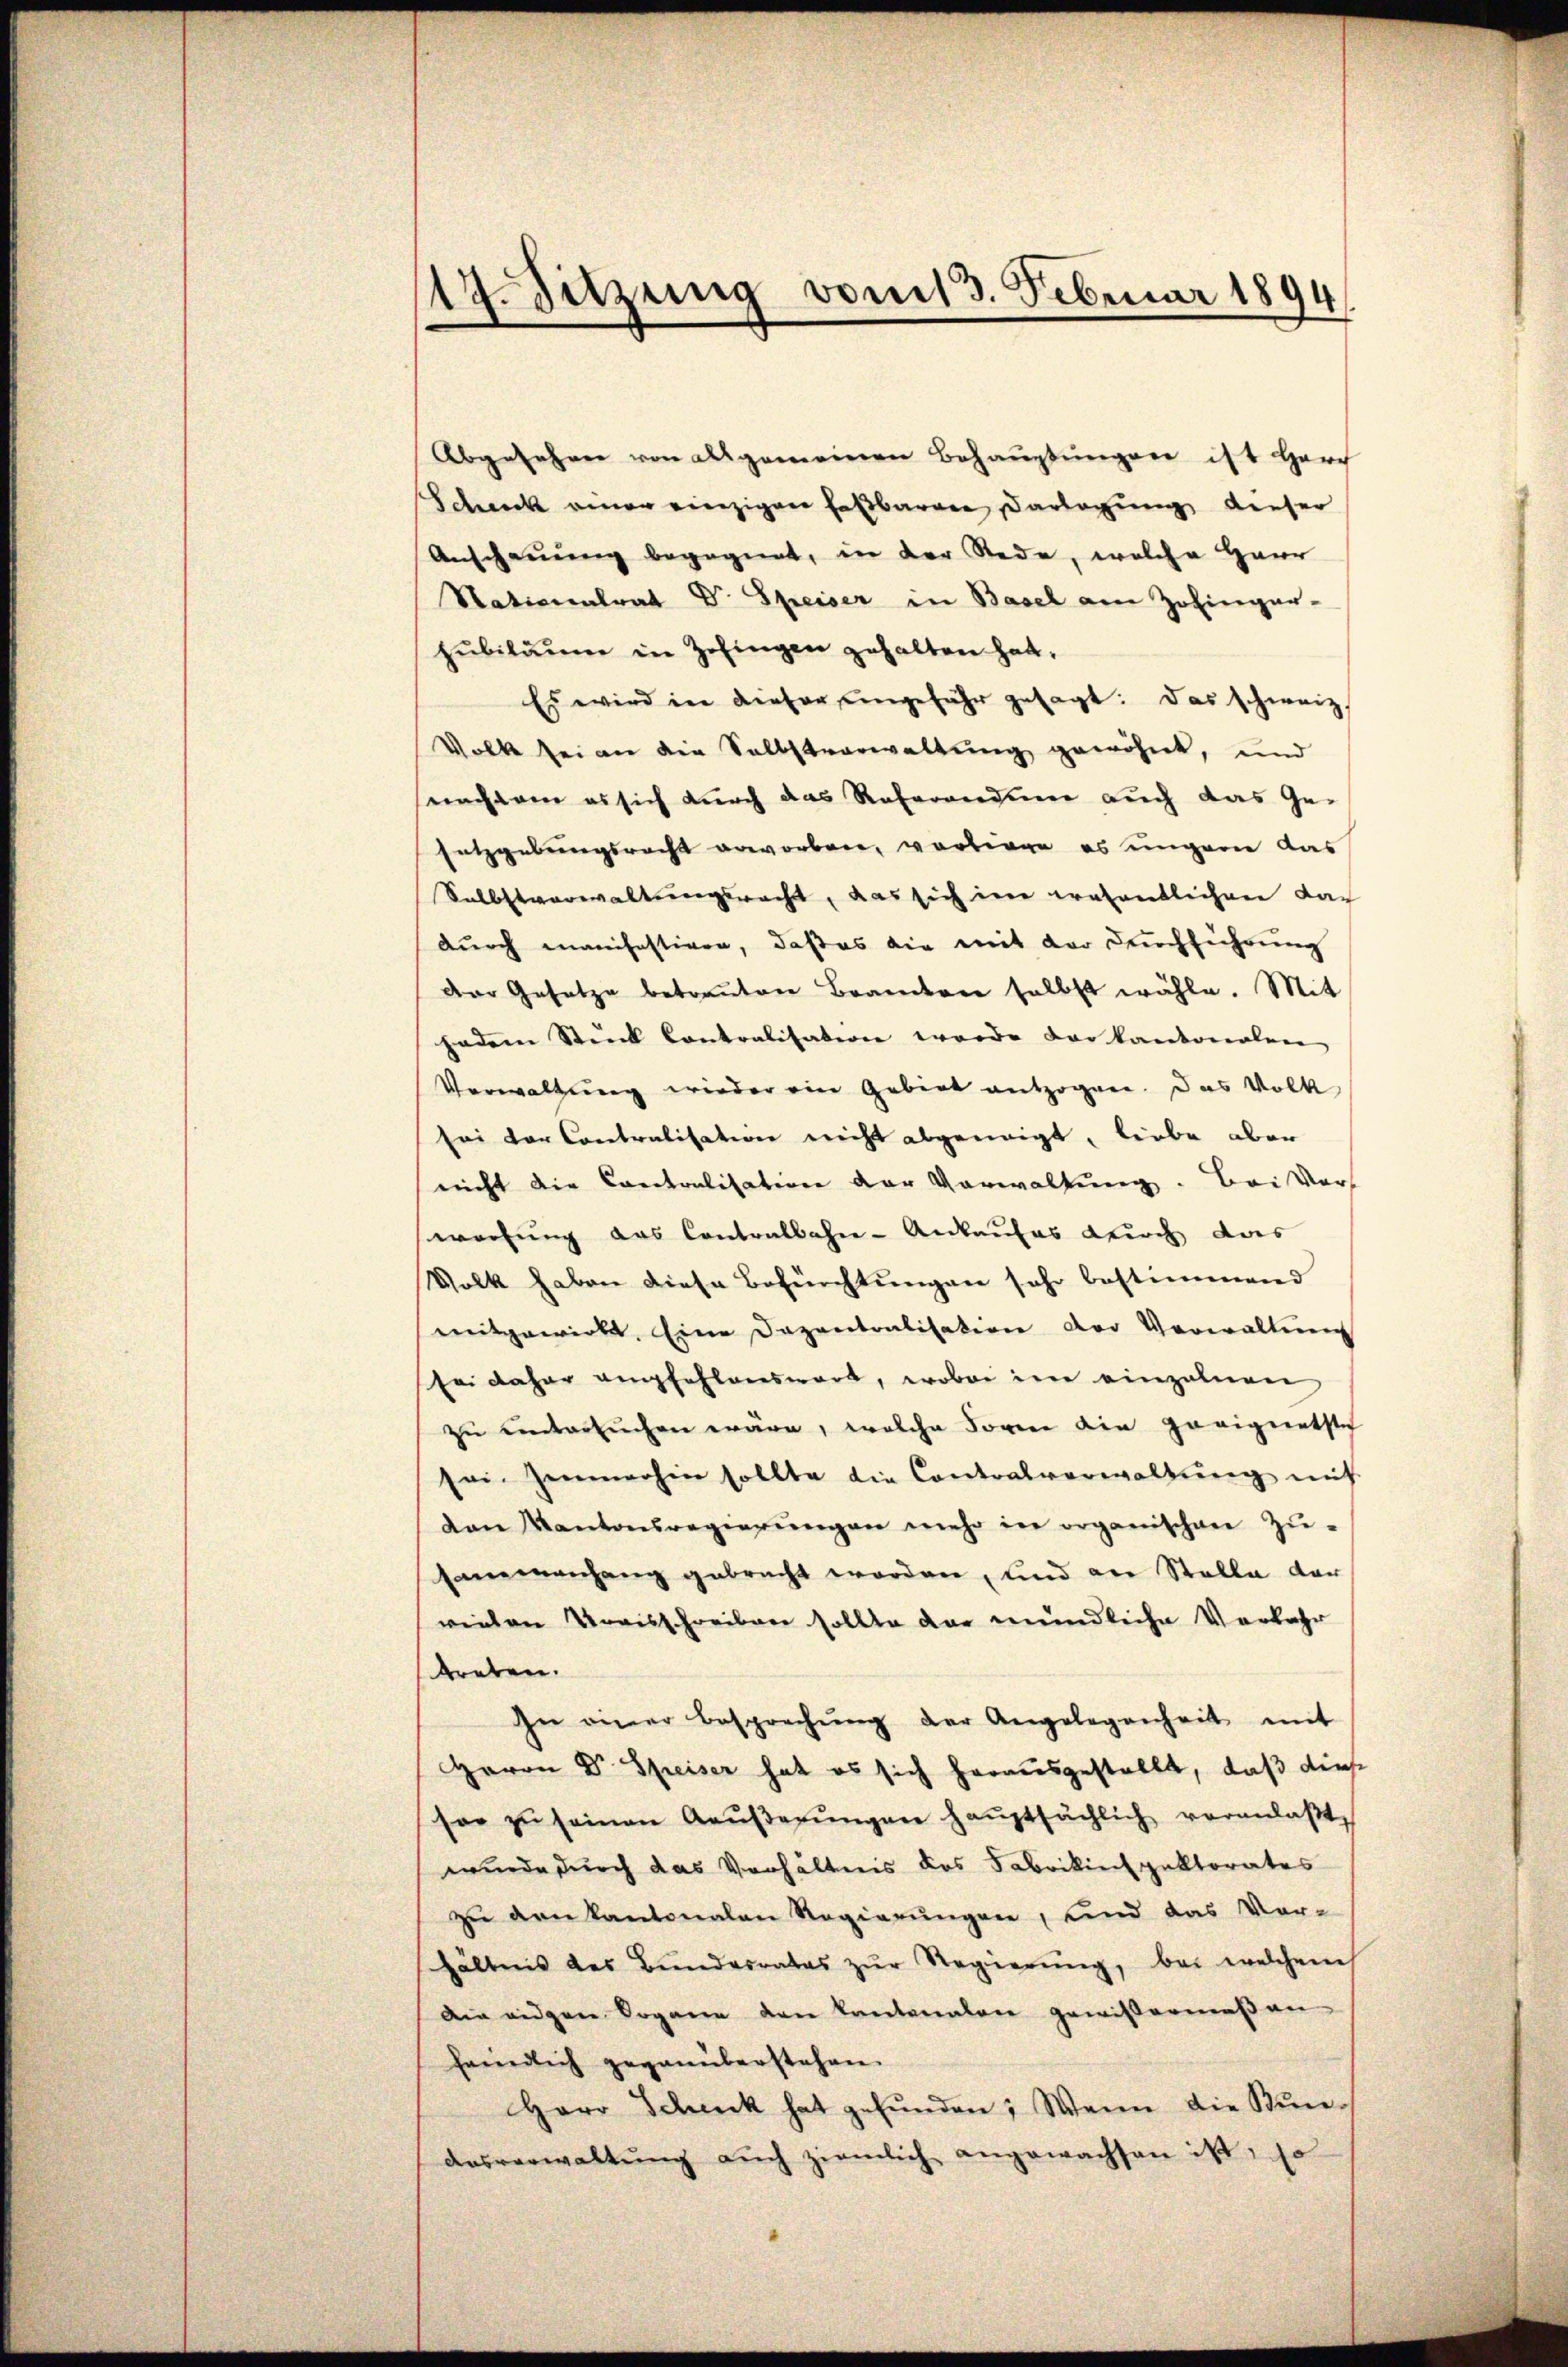
19. Sitzung vom 13. Februar 1894

Abgesehen von allgemeinen Behauptungen ist Harch
Schenck einer einzigen Faßbaren Darlegung dieser
Anschauung begegnet, in der Rede, welche Haur
Stationalrat Dr. Speiser in Basel am Zofinger-
Hubiläume in Zofingen gehalten hat.
Es wird in dieser angefähr gesagt: Das schweiz.
Volk sei an die Selbstverwaltung gewöhnt, und
nachdem es sich durch das Referandine auch das Gesetzgebungsrecht erworbene, vortrage es ungern das
Selbstverwaltungswacht, das sich im wesentlichen dar
durch manifestiven, daß es die mit der Durchführung
der Gesetze betreuten Brandern selbst wähle. Mit
hndern Stück Contralisation werde der kantonalen
Verwaltung wieder ein Gebiet entzogen. Das Volk
sei der Contralisation nicht abgeneigt, liebe aber
nicht die Contralisation der Vorwaltung. Bei Vers
wortung das Contralbahn-Ankaufes durch das
Volk haben diese Befürchtungen sehr bestimmend
mitgewirkt. Eine Dozentralisation der Verwaltung
sei daher empfehlenswert, wobei in einzelnen
zu untersuchen wäre, welche darin ein Zovignetste
sei Zimmerhin sollte die Contralverwaltŭng mit
den Kantonsregierŭngen mehr in organischen Zu-
Hammenhang gebracht worden, und an Stelle vor
wieden Kreisschreiben sollte dar mündliche Verfahr
treben.
In einer Besprechŭng der Angelegenheit mit
Herrn Dr. Speiser hat es sich herausgestellt, daß diese
sor zŭ seinen Aeŭβerŭngen haŭptsächlich veranlaβt,
wurde durch das Verhältnis des Fabrikinspektorates
zu verkantonalen Regierungen, und das Ver-
hältnis des Bŭndesrates zŭr Regierŭng, bei welchem
Ain eidgen Dogane den kantonalen gewissermes an
friedlich gegenüberstehen.
Herr Schenk hat gefŭnden; Wenn die Stunausverwaltŭng aŭch ziemlich angewachsen ist, so